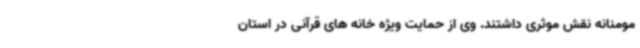
مومنانه نقش موثری داشتند. وی از حمایت ویژه خانه های قرآنی در استان